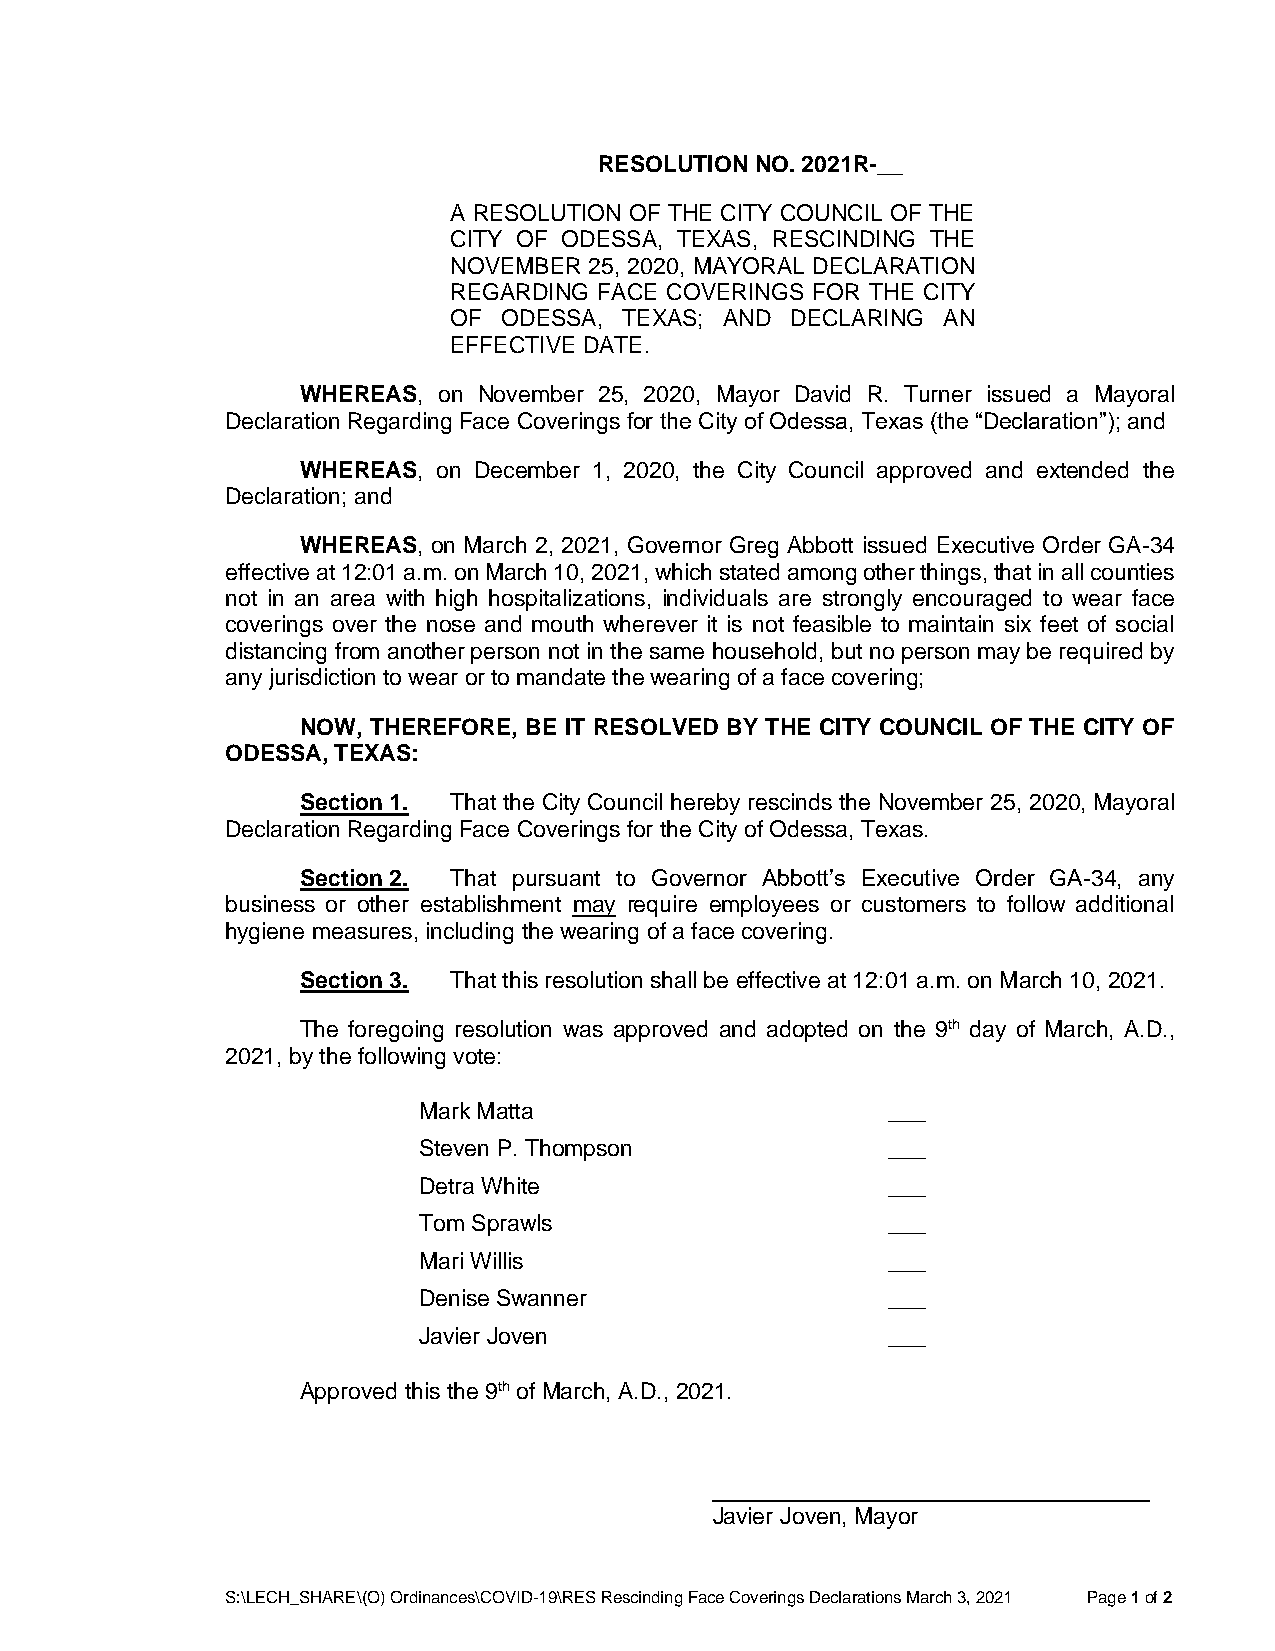
RESOLUTION NO. 2021R-__
 A RESOLUTION OF THE CITY COUNCIL OF THE
 CITY OF ODESSA, TEXAS, RESCINDING THE
 NOVEMBER 25, 2020, MAYORAL DECLARATION
 REGARDING FACE COVERINGS FOR THE CITY
 OF ODESSA, TEXAS; AND DECLARING AN
 EFFECTIVE DATE.
 WHEREAS, on November 25, 2020, Mayor David R. Turner issued a Mayoral
 Declaration Regarding Face Coverings for the City of Odessa, Texas (the “Declaration”); and
 WHEREAS, on December 1, 2020, the City Council approved and extended the
 Declaration; and
 WHEREAS, on March 2, 2021, Governor Greg Abbott issued Executive Order GA-34
 effective at 12:01 a.m. on March 10, 2021, which stated among other things, that in all counties
 not in an area with high hospitalizations, individuals are strongly encouraged to wear face
 coverings over the nose and mouth wherever it is not feasible to maintain six feet of social
 distancing from another person not in the same household, but no person may be required by
 any jurisdiction to wear or to mandate the wearing of a face covering;
 NOW, THEREFORE, BE IT RESOLVED BY THE CITY COUNCIL OF THE CITY OF
 ODESSA, TEXAS:
 Section 1. That the City Council hereby rescinds the November 25, 2020, Mayoral
 Declaration Regarding Face Coverings for the City of Odessa, Texas.
 Section 2. That pursuant to Governor Abbott’s Executive Order GA-34, any
 business or other establishment may require employees or customers to follow additional
 hygiene measures, including the wearing of a face covering.
 Section 3. That this resolution shall be effective at 12:01 a.m. on March 10, 2021.
 The foregoing resolution was approved and adopted on the 9th day of March, A.D.,
 2021, by the following vote:
 Mark Matta                     ___
 Steven P. Thompson             ___
 Detra White                    ___
 Tom Sprawls                    ___
 Mari Willis                    ___
 Denise Swanner                 ___
 Javier Joven                   ___
 Approved this the 9th of March, A.D., 2021.
 Javier Joven, Mayor
 S:\LECH_SHARE\(O) Ordinances\COVID-19\RES Rescinding Face Coverings Declarations March 3, 2021 Page 1 of 2